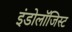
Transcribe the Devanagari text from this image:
इंडोलॉजिस्ट